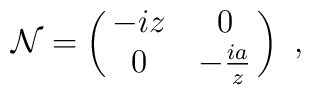
{\cal N}=\pmatrix{-i z&0\cr 0&-\frac{i a}{ z}}\ ,